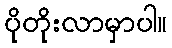
ပိုတိုးလာမှာပါ။